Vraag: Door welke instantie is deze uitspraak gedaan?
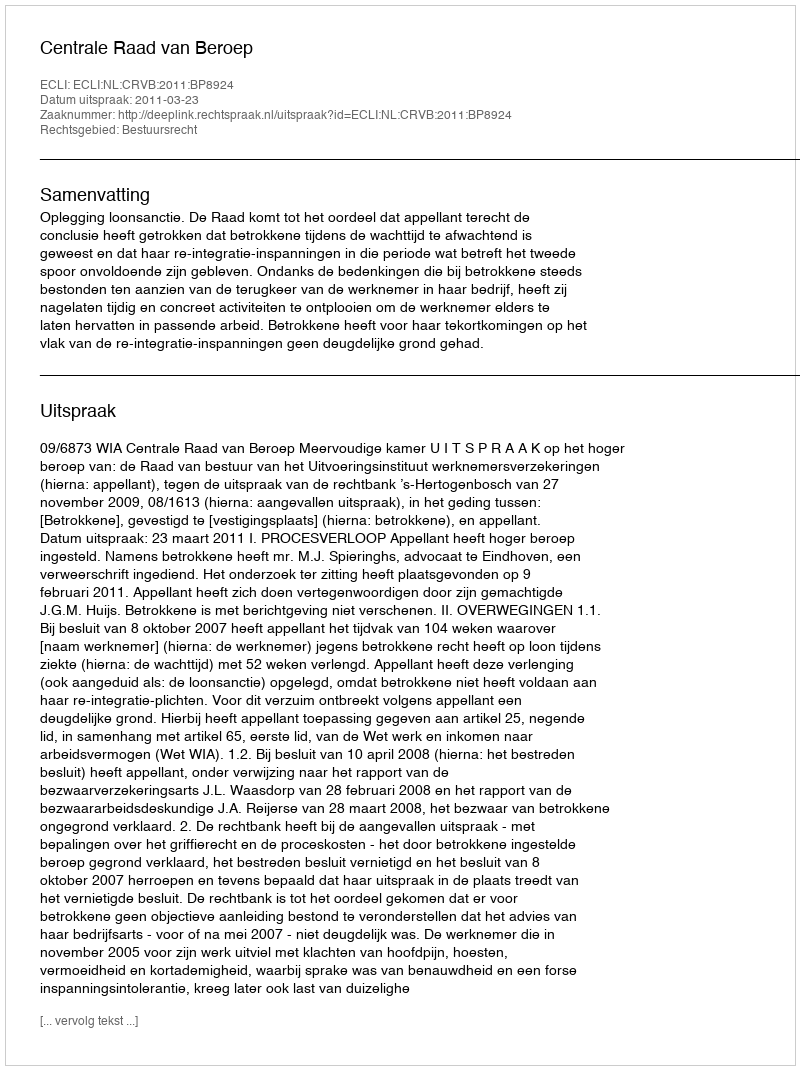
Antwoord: Centrale Raad van Beroep